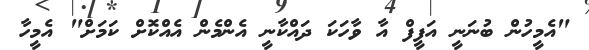
"އެމީހުން ބުނަނީ އަފީފް އާ ވާހަކަ ދައްކާނީ އެންމެން އެއްކޮށް ކަމަށް" އެމީހާ